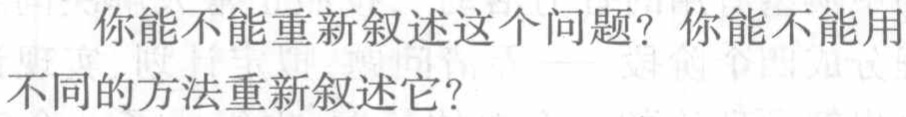
你能不能重新叙述这个问题？你能不能用不同的方法重新叙述它？